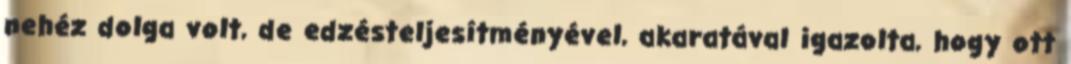
nehéz dolga volt, de edzésteljesítményével, akaratával igazolta, hogy ott